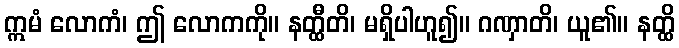
ဣမံ လောကံ၊ ဤ လောကကို။ နတ္ထီတိ၊ မရှိပါဟူ၍။ ဂဏှာတိ၊ ယူ၏။ နတ္ထိ